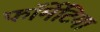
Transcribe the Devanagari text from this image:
फॉर्मेटिया